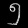
Digit: ၅